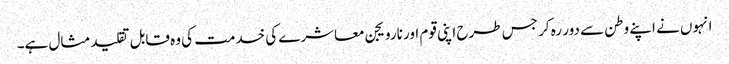
انہوں نے اپنے وطن سے دور رہ کر جس طرح اپنی قوم اور نارویجن معاشرے کی خدمت کی وہ قابل تقلید مثال ہے۔